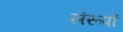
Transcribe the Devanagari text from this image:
संरूपों